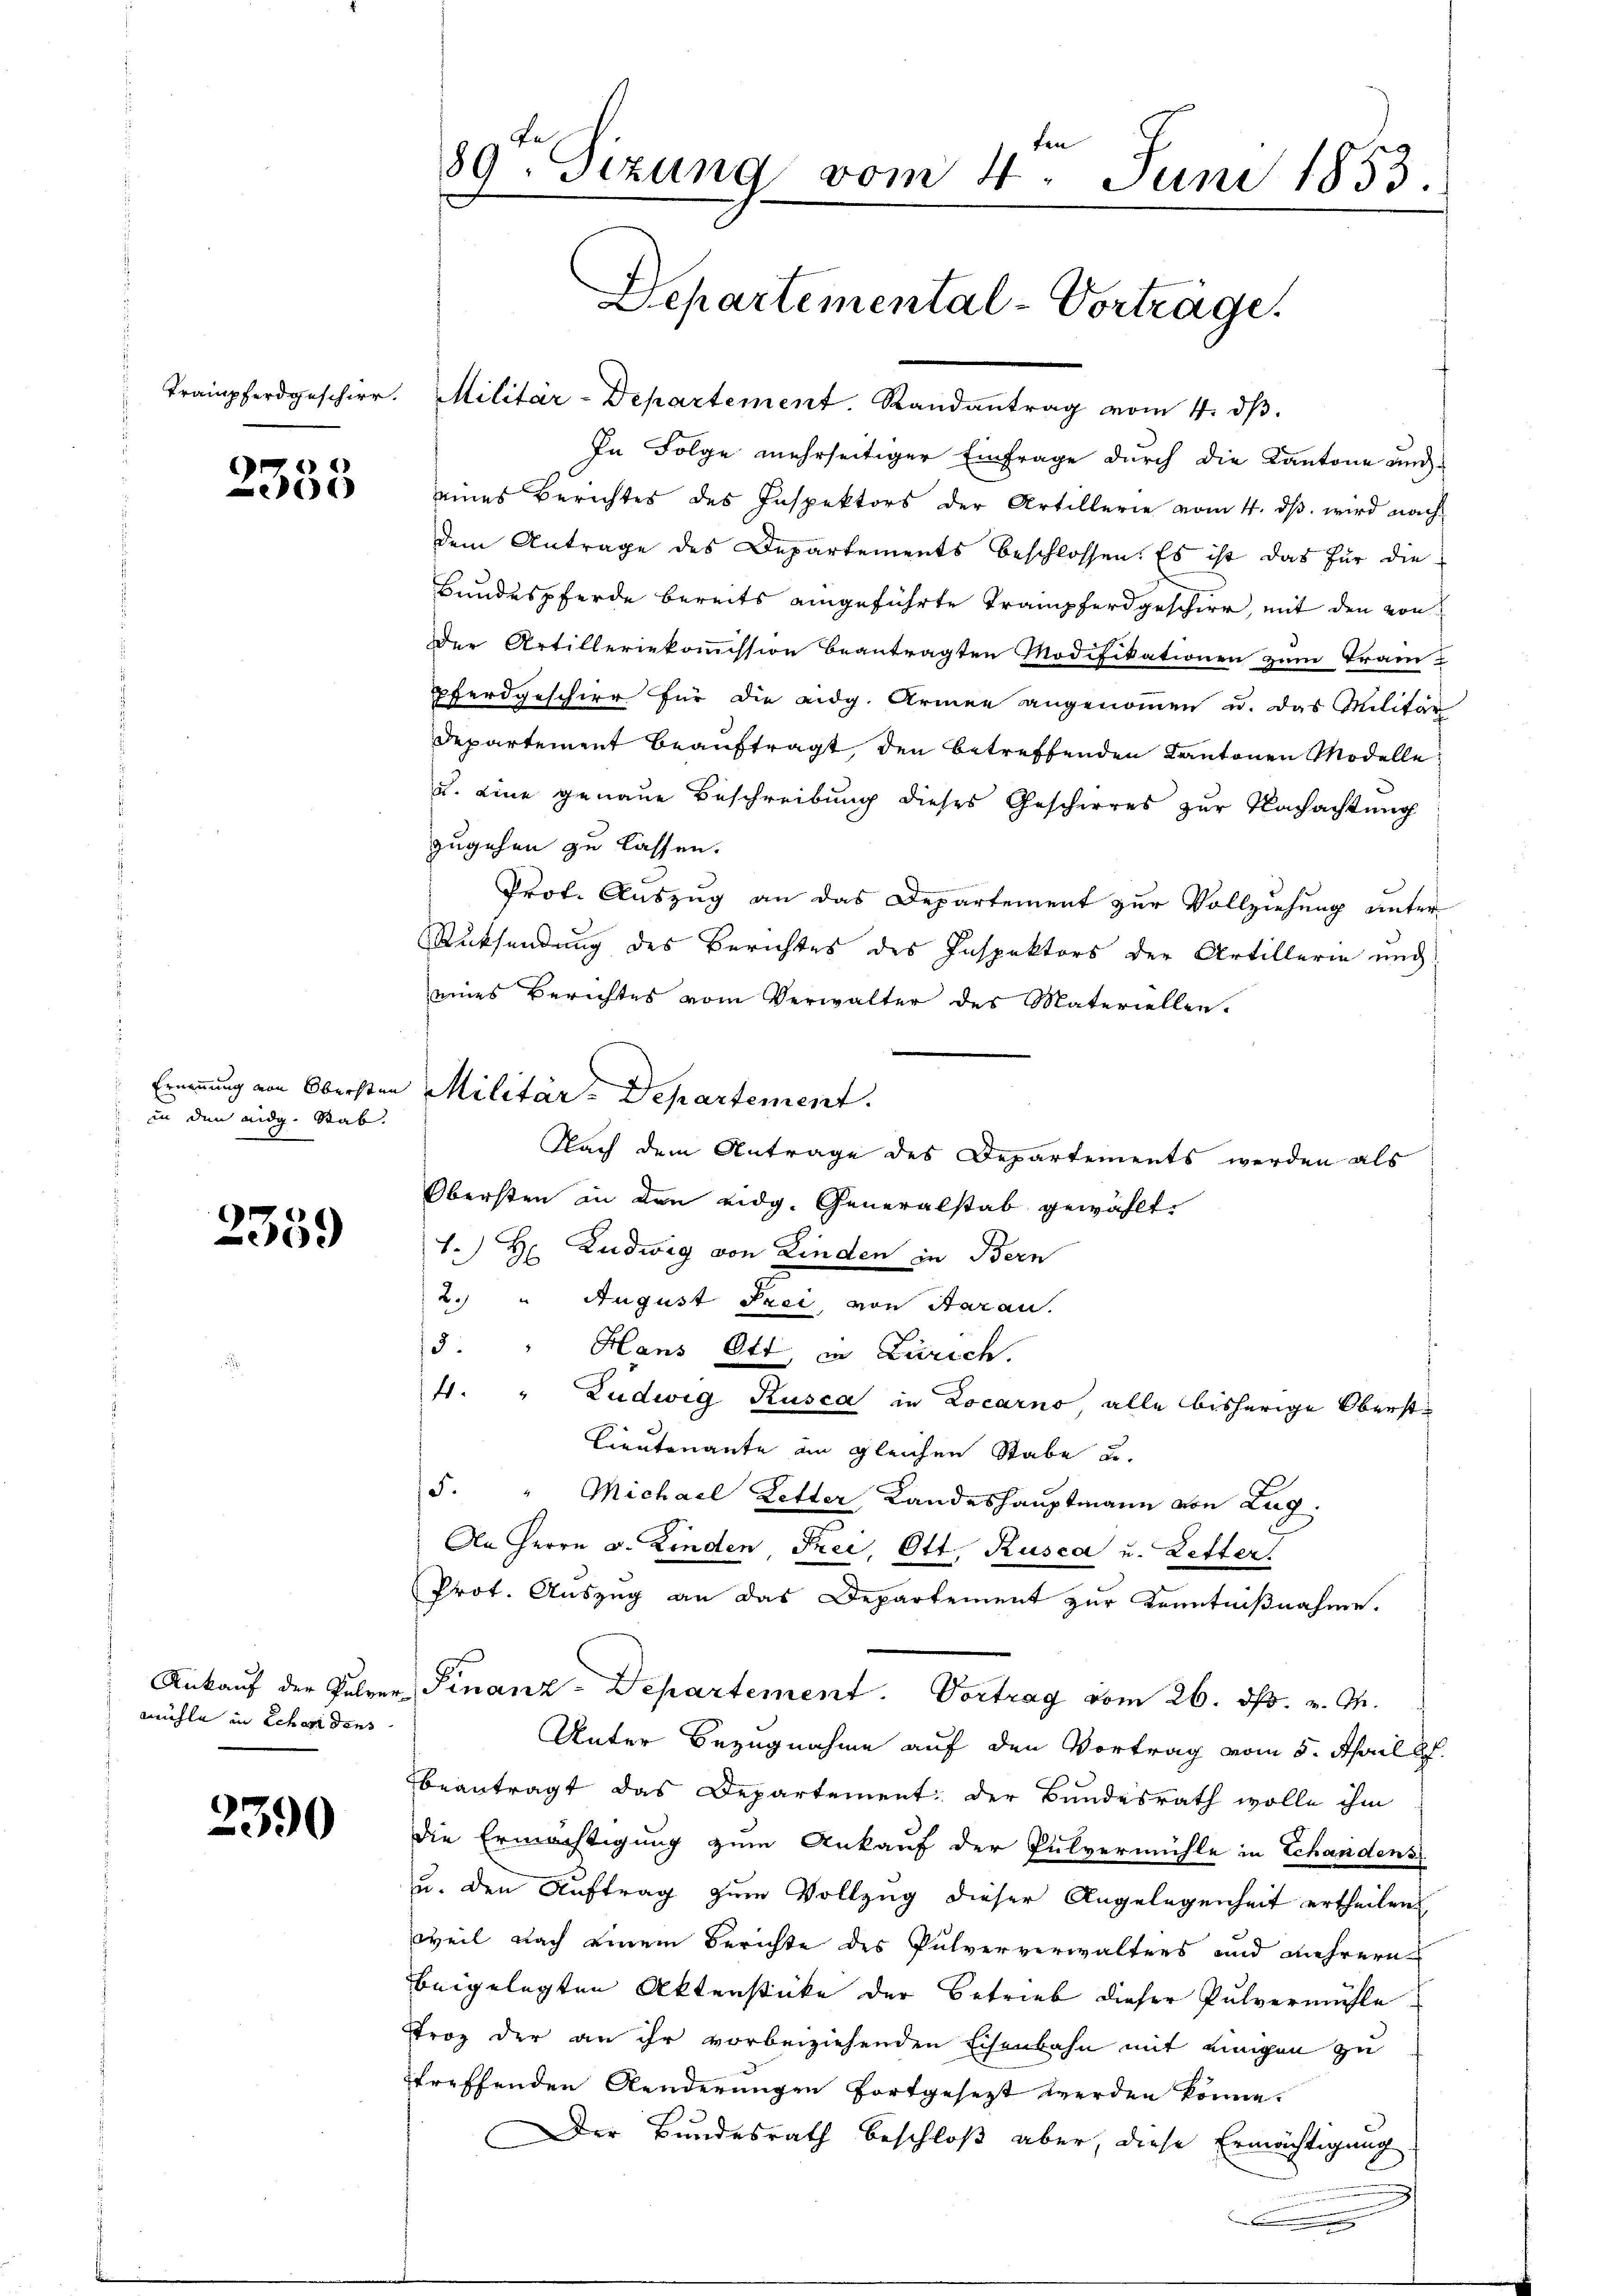
2355

in den eidg. Rab.

2359

mühle in Schadens

2390

fer
89ten Sizung vom 4. Juni 1853.

Departemental-Vorträge.
Trampferdgescher. Militär-Departement. Randantrag vom 4. dβ.

Ernennung von Obersten Militär-Departement.

In Folge mehrseitiger Einfrage durch die Kantone und
eines Berichtes des Inspektors der Artillerie vom 4. dβ. wird nach
dem Antrage des Departements beschlossen. Es ist das für die
Bundespferde bereits eingeführte Trampferdgeschirr, mit den von
Der Artilleriekommission beantragten Modifikationen zum Trampferdgeschier für die eidg. Armen angenommen u. das Militär
Departement beauftragt, den betreffenden Kantonen Modelle
u. eine genaue Beschreibung dieses Gescheres zur Nachachtung
zugehen zu lassen.
Prof. Auszug an das Departement zur Vollziehung unter
Rücksendung des Berichtes des Inspektors der Artillerin und
eines Berichtes vom Verwalter des Materiellen.
Nach dem Antrage des Departements werden als
Obersten in den eidg. Generalstab gewählt,
1.) Hr. Ludwig von Kinden in Bern
2. " August Frei, von Saran.
3. " Hans Ott in Zürich.
4. " Ludwig Rusca in Locarno alle bisherige Oberst¬
Lieutenante an gleichen Stabe u.
5. " Michael Letter Landeshauptmann von Zug.
An Herrn v. Kinden, Frei, Ott, Rusca u. Letter.
Prot. Auszug an das Departement zur Kenntnißnahme.
Ankauf der Pulver Finanz-Departement. Vortrag vom 26. ds. v. M.
Unter Bezugnahme auf den Vortrag vom 5. April l.
beantragt das Departement: der Bundesrath wolle ihm
die Ermächtigung zum Ankauf der Pulvermühle in Schandens
u. den Auftrag zum Vollzug dieser Angelegenheit ertheilen
weil nach einem Berichte des Pulververwalters und mehrern
beigelegten Aktenstücke der Betrieb dieser Pulvermühle.
Trog der an ihr vorbeiziehenden Eisenbahn mit einigen zu
treffenden Aenderungen fortgesezt werden könne.
Der Bundesrath beschloß aber, diese Ermächtigung